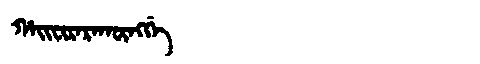
Manchu: ᡥᠠᡳᠸᡳᡵᠠᡵᠠᡴᡡᠩᡤᡝ
Romanization: HAIFIRARAKŪNGGE